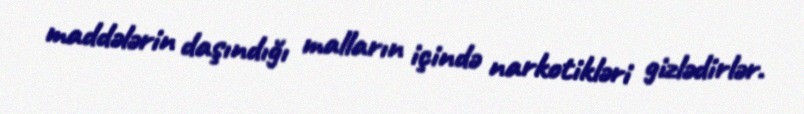
maddələrin daşındığı malların içində narkotikləri gizlədirlər.